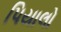
પિયાલો